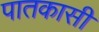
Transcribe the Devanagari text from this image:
पातकासी